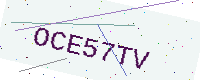
Text: OCE57TV